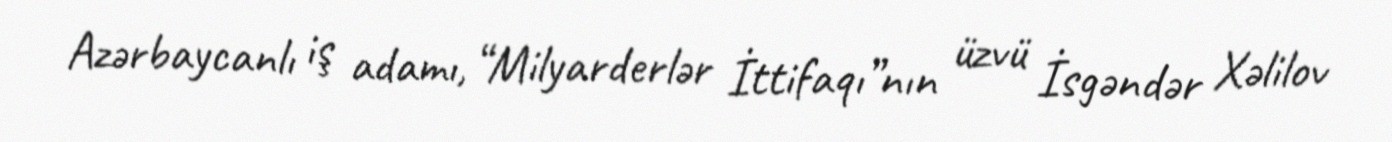
Azərbaycanlı iş adamı, “Milyarderlər İttifaqı”nın üzvü İsgəndər Xəlilov